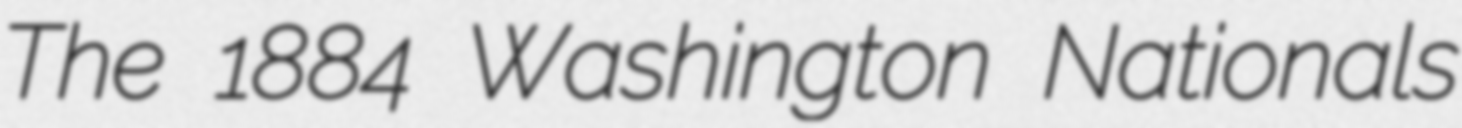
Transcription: The 1884 Washington Nationals